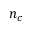
n _ { c }